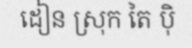
ដៀន ស្រុក តៃ ប៉ិ